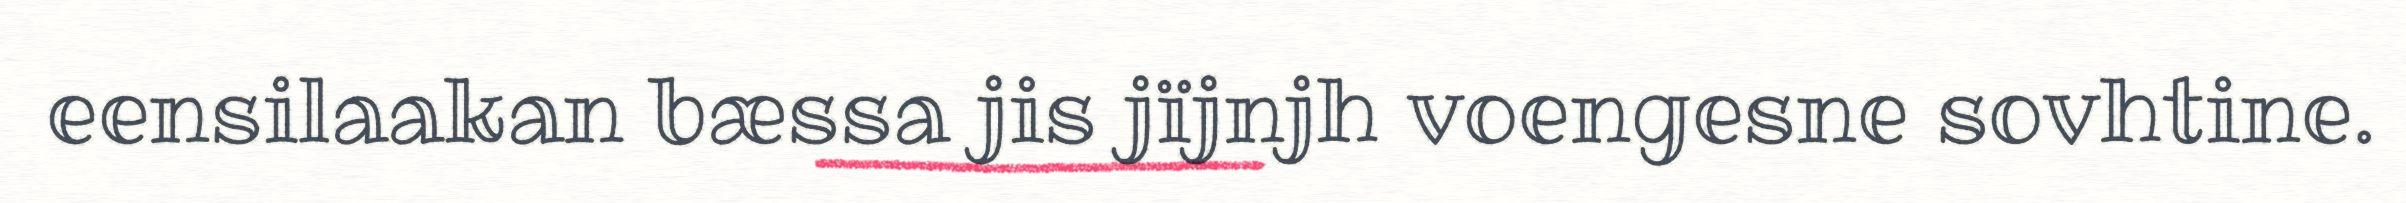
eensilaakan bæssa jis jïjnjh voengesne sovhtine.